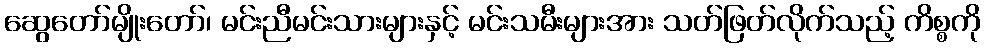
ဆွေတော်မျိုးတော်၊ မင်းညီမင်းသားများနှင့် မင်းသမီးများအား သတ်ဖြတ်လိုက်သည့် ကိစ္စကို